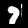
Label: 7